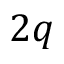
2 q